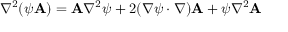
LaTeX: \nabla ^ { 2 } ( \psi \mathbf { A } ) = \mathbf { A } \nabla ^ { 2 } \psi + 2 ( \nabla \psi \cdot \nabla ) \mathbf { A } + \psi \nabla ^ { 2 } \mathbf { A }